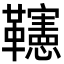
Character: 𩍹